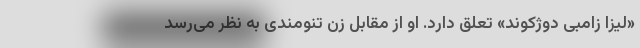
«لیزا زامبی دوژکوند» تعلق دارد. او از مقابل زن تنومندی به نظر می‌رسد